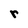
Character: r